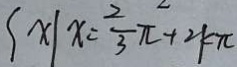
x \vert x = \frac { 2 } { 3 } \pi + 2 k \pi